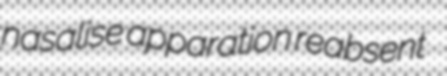
nasalise apparation reabsent